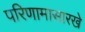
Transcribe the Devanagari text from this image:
परिणामासारखे